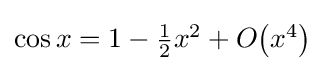
{\textstyle \cos x=1-{\tfrac {1}{2}}x^{2}+O{\left(x^{4}\right)}}